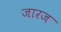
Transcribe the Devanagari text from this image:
जारज